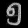
Digit: ၅